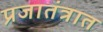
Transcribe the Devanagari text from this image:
प्रजातंत्रात